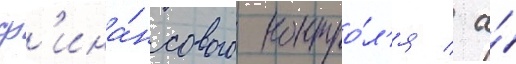
ф'ина́нсового контро́л'я / а́